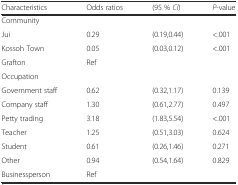
| Characteristics | Odds ratios | (95 % CI) | P-value |
 | --- | --- | --- | --- |
 | Community |  |  |  |
 | Jui | 0.29 | (0.19,0.44) | <.001 |
 | Kossoh Town | 0.05 | (0.03,0.12) | <.001 |
 | Grafton | Ref |  |  |
 | Occupation |  |  |  |
 | Government staff | 0.62 | (0.32,1.17) | 0.139 |
 | Company staff | 1.30 | (0.61,2.77) | 0.497 |
 | Petty trading | 3.18 | (1.83,5.54) | <.001 |
 | Teacher | 1.25 | (0.51,3.03) | 0.624 |
 | Student | 0.61 | (0.26,1.46) | 0.271 |
 | Other | 0.94 | (0.54,1.64) | 0.829 |
 | Businessperson | Ref |  |  |